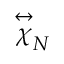
\stackrel { \leftrightarrow } { \chi } _ { \tiny N }